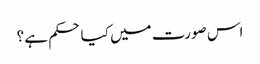
اس صورت میں کیا حکم ہے ؟